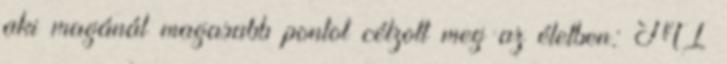
aki magánál magasabb pontot célzott meg az életben: MI